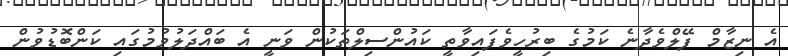
އެ ނިޒާމް ފޭލްވެދާނެ ކަމުގެ ބިރުހީވެފައިވާތީ ކައުންސިލްތަކުން ވަނީ އެ ބައްދަލުވުމުގައި ކަންބޮޑުވުން